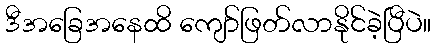
ဒီအခြေအနေထိ ကျော်ဖြတ်လာနိုင်ခဲ့ပြီပဲ။